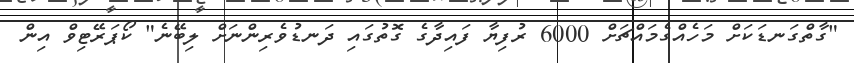
"ގާތްގަނޑަކަށް މަހެއްގެމައްޗަށް 6000 ރުފިޔާ ފައިދާގެ ގޮތުގައި ދަނޑުވެރިންނަށް ލިބޭނެ" ކޯޕަރޭޓިވް އިން